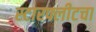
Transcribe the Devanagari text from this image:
स्टारफ्लीटचा